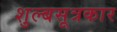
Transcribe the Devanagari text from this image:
शुल्बसूत्रकार